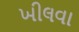
ખીલવા